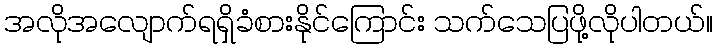
အလိုအလျောက်ရရှိခံစားနိုင်ကြောင်း သက်သေပြဖို့လိုပါတယ်။